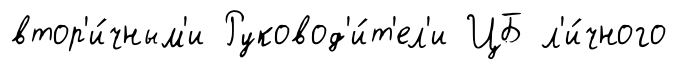
втор'и́чным'и Руковод'и́т'ел'и ЦБ л'и́чного